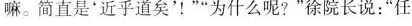
嘛。简直是”近乎道矣'！””为什么呢?”徐院长说：”任